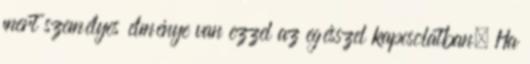
mert személyes élménye van ezzel az egésszel kapcsolatban. Ha